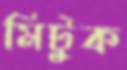
মিটুক